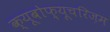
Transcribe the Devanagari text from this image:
क्यूबोफ़्यूचरिज़म